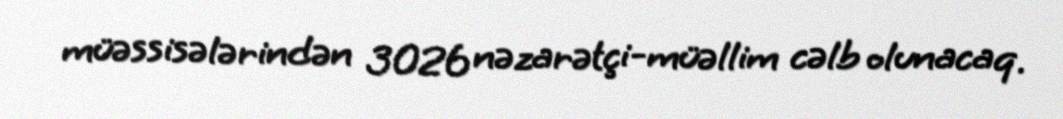
müəssisələrindən 3026 nəzarətçi-müəllim cəlb olunacaq.